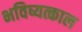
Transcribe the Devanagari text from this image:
भविष्यत्काल